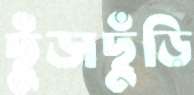
ছুঁড়াছুঁড়ি